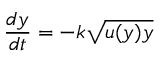
{ \frac { d y } { d t } } = - k { \sqrt { u ( y ) y } }